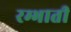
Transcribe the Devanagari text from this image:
रम्भाती